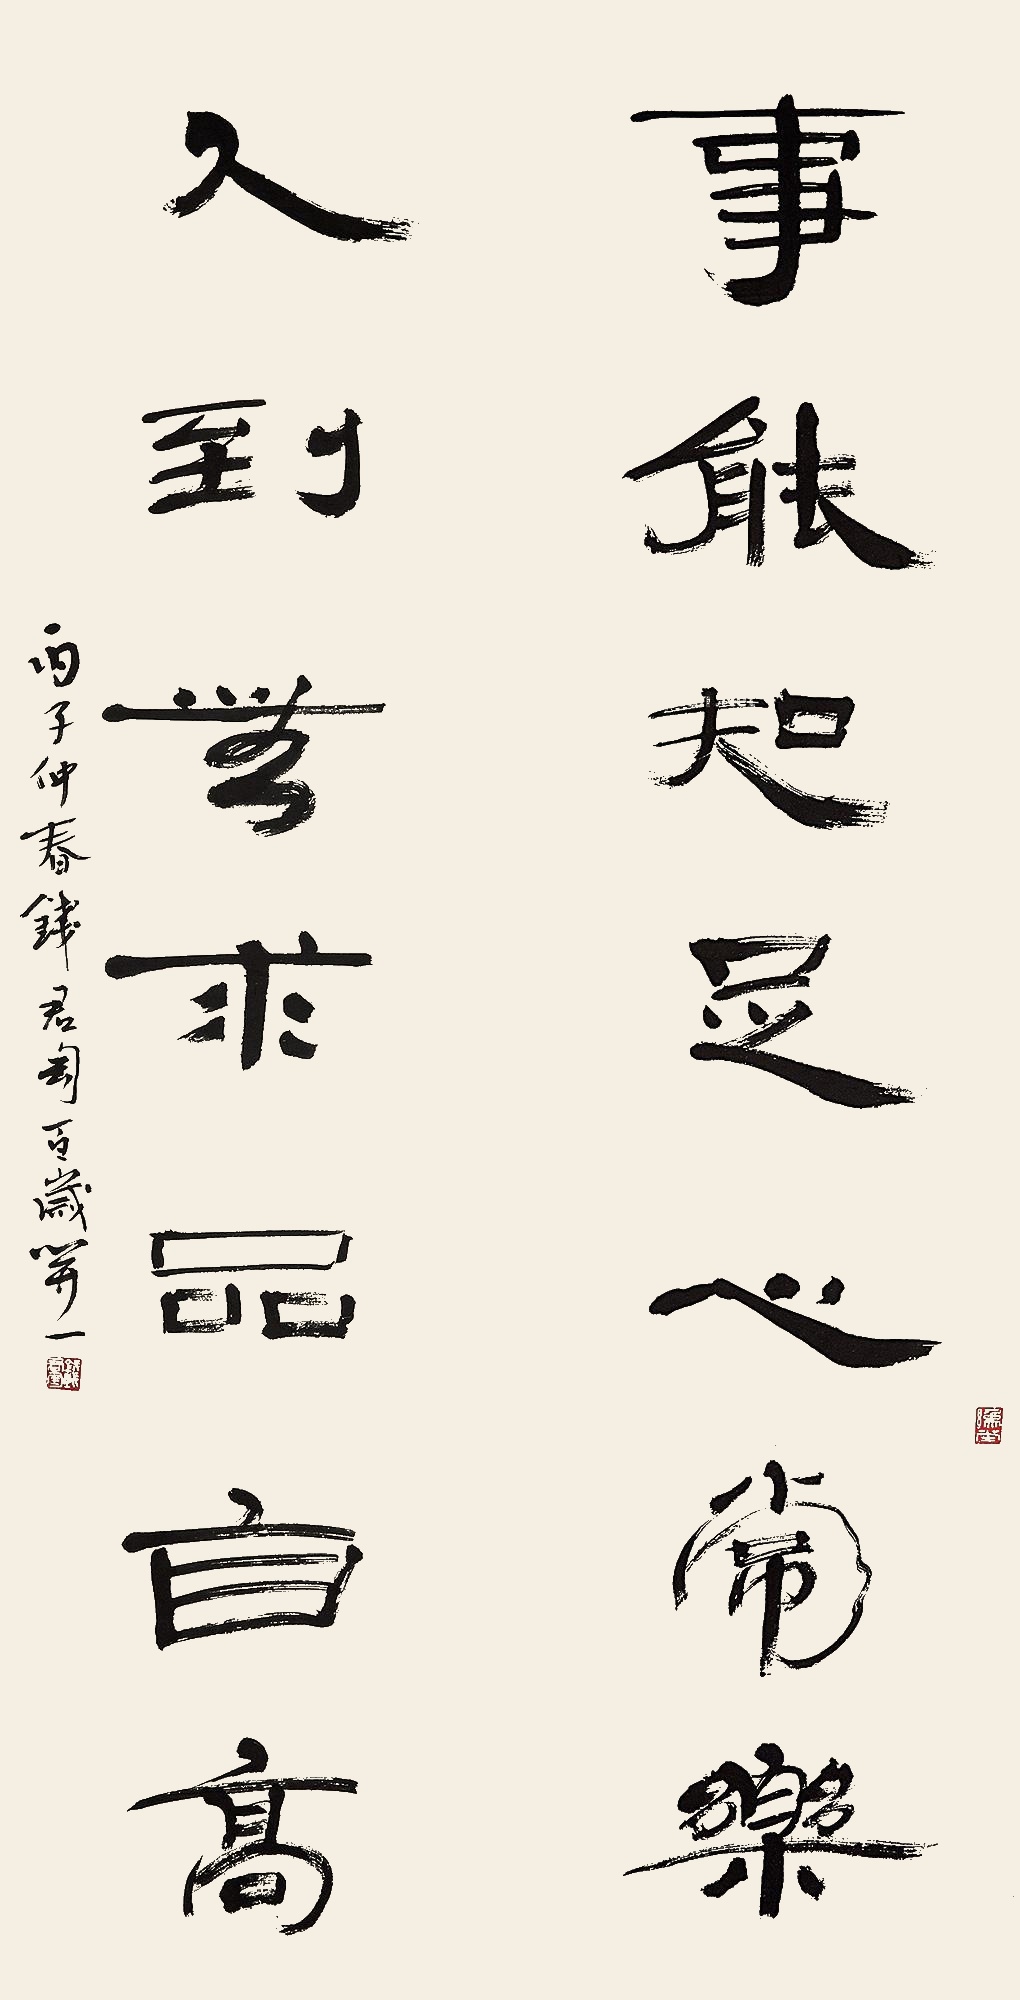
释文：事能知足心常乐，人到无求品自高。丙子（1996）仲春，钱君匋百岁开一。